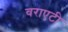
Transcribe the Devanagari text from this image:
वराएटी